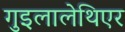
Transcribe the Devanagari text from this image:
गुइलालेथिएर